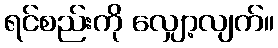
ရင်စည်းကို လျှော့လျက်။